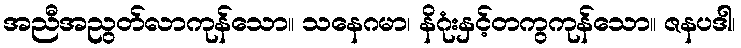
အညီအညွတ်လာကုန်သော။ သနေဂမာ၊ နိဂုံးနှင့်တကွကုန်သော။ ဇနပဒါ၊